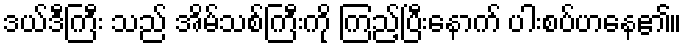
ဒယ်ဒီကြီး သည် အိမ်သစ်ကြီးကို ကြည့်ပြီးနောက် ပါးစပ်ဟနေ၏။